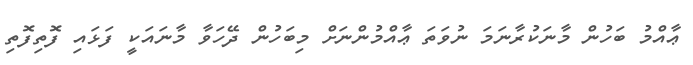
ޢާއްމު ބަހުން މާނަކުރާނަމަ ނުވަތަ ޢާއްމުންނަށް މިބަހުންް ދޭހަވާ މާނައަކީ ފަޅައި ފޮތިފޮތި